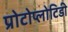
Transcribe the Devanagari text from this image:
प्रोटोप्लोटिडी